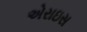
એરાઇસ